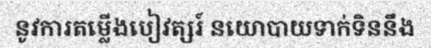
នូវការតម្លើងបៀវត្សរ៍ នយោបាយទាក់ទិននឹង